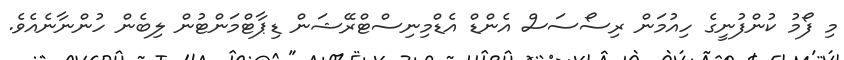
މި ފޯމު ކުންފުނީގެ ހިއުމަން ރިސޯސަސް އެންޑް އެޑްމިނިސްޓްރޭޝަން ޑިޕާޓްމަންޓުން ލިބެން ހުންނާނެއެވެ.